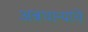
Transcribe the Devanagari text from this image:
अन्नधान्यांचे